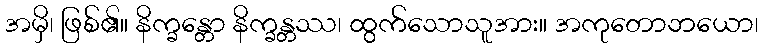
အမှိ၊ ဖြစ်၏။ နိက္ခန္တော နိက္ခန္တဿ၊ ထွက်သောသူအား။ အကုတောဘယော၊